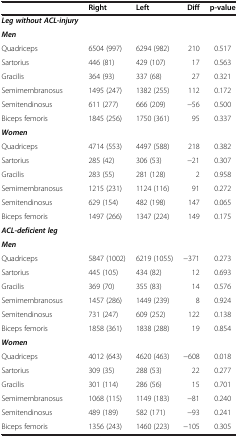
<table><thead><tr><td><b> </b></td><td><b>Right</b></td><td><b>Left</b></td><td><b>Diff</b></td><td><b>p-value</b></td></tr></thead><tbody><tr><td><b><i>Leg without ACL-injury</i></b></td><td> </td><td> </td><td> </td><td> </td></tr><tr><td><b><i>Men</i></b></td><td> </td><td> </td><td> </td><td> </td></tr><tr><td>Quadriceps</td><td>6504 (997)</td><td>6294 (982)</td><td>210</td><td>0.517</td></tr><tr><td>Sartorius</td><td>446 (81)</td><td>429 (107)</td><td>17</td><td>0.563</td></tr><tr><td>Gracilis</td><td>364 (93)</td><td>337 (68)</td><td>27</td><td>0.321</td></tr><tr><td>Semimembranosus</td><td>1495 (247)</td><td>1382 (255)</td><td>112</td><td>0.172</td></tr><tr><td>Semitendinosus</td><td>611 (277)</td><td>666 (209)</td><td>−56</td><td>0.500</td></tr><tr><td>Biceps femoris</td><td>1845 (256)</td><td>1750 (361)</td><td>95</td><td>0.337</td></tr><tr><td><b><i>Women</i></b></td><td> </td><td> </td><td> </td><td> </td></tr><tr><td>Quadriceps</td><td>4714 (553)</td><td>4497 (588)</td><td>218</td><td>0.382</td></tr><tr><td>Sartorius</td><td>285 (42)</td><td>306 (53)</td><td>−21</td><td>0.307</td></tr><tr><td>Gracilis</td><td>283 (55)</td><td>281 (128)</td><td>2</td><td>0.958</td></tr><tr><td>Semimembranosus</td><td>1215 (231)</td><td>1124 (116)</td><td>91</td><td>0.272</td></tr><tr><td>Semitendinosus</td><td>629 (154)</td><td>482 (198)</td><td>147</td><td>0.065</td></tr><tr><td>Biceps femoris</td><td>1497 (266)</td><td>1347 (224)</td><td>149</td><td>0.175</td></tr><tr><td><b><i>ACL-deficient leg</i></b></td><td> </td><td> </td><td> </td><td> </td></tr><tr><td><b><i>Men</i></b></td><td> </td><td> </td><td> </td><td> </td></tr><tr><td>Quadriceps</td><td>5847 (1002)</td><td>6219 (1055)</td><td>−371</td><td>0.273</td></tr><tr><td>Sartorius</td><td>445 (105)</td><td>434 (82)</td><td>12</td><td>0.693</td></tr><tr><td>Gracilis</td><td>369 (70)</td><td>355 (83)</td><td>14</td><td>0.576</td></tr><tr><td>Semimembranosus</td><td>1457 (286)</td><td>1449 (239)</td><td>8</td><td>0.924</td></tr><tr><td>Semitendinosus</td><td>731 (247)</td><td>609 (252)</td><td>122</td><td>0.138</td></tr><tr><td>Biceps femoris</td><td>1858 (361)</td><td>1838 (288)</td><td>19</td><td>0.854</td></tr><tr><td><b><i>Women</i></b></td><td> </td><td> </td><td> </td><td> </td></tr><tr><td>Quadriceps</td><td>4012 (643)</td><td>4620 (463)</td><td>−608</td><td>0.018</td></tr><tr><td>Sartorius</td><td>309 (35)</td><td>288 (53)</td><td>22</td><td>0.277</td></tr><tr><td>Gracilis</td><td>301 (114)</td><td>286 (56)</td><td>15</td><td>0.701</td></tr><tr><td>Semimembranosus</td><td>1068 (115)</td><td>1149 (183)</td><td>−81</td><td>0.240</td></tr><tr><td>Semitendinosus</td><td>489 (189)</td><td>582 (171)</td><td>−93</td><td>0.241</td></tr><tr><td>Biceps femoris</td><td>1356 (243)</td><td>1460 (223)</td><td>−105</td><td>0.305</td></tr></tbody></table>